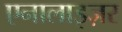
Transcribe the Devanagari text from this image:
एनालाइज़र